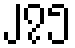
၂၇၅